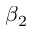
\beta _ { 2 }